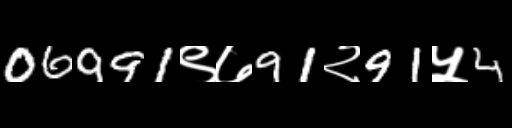
Text: 06991९७91२91५4